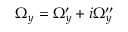
\Omega _ { y } = \Omega _ { y } ^ { \prime } + i \Omega _ { y } ^ { \prime \prime }